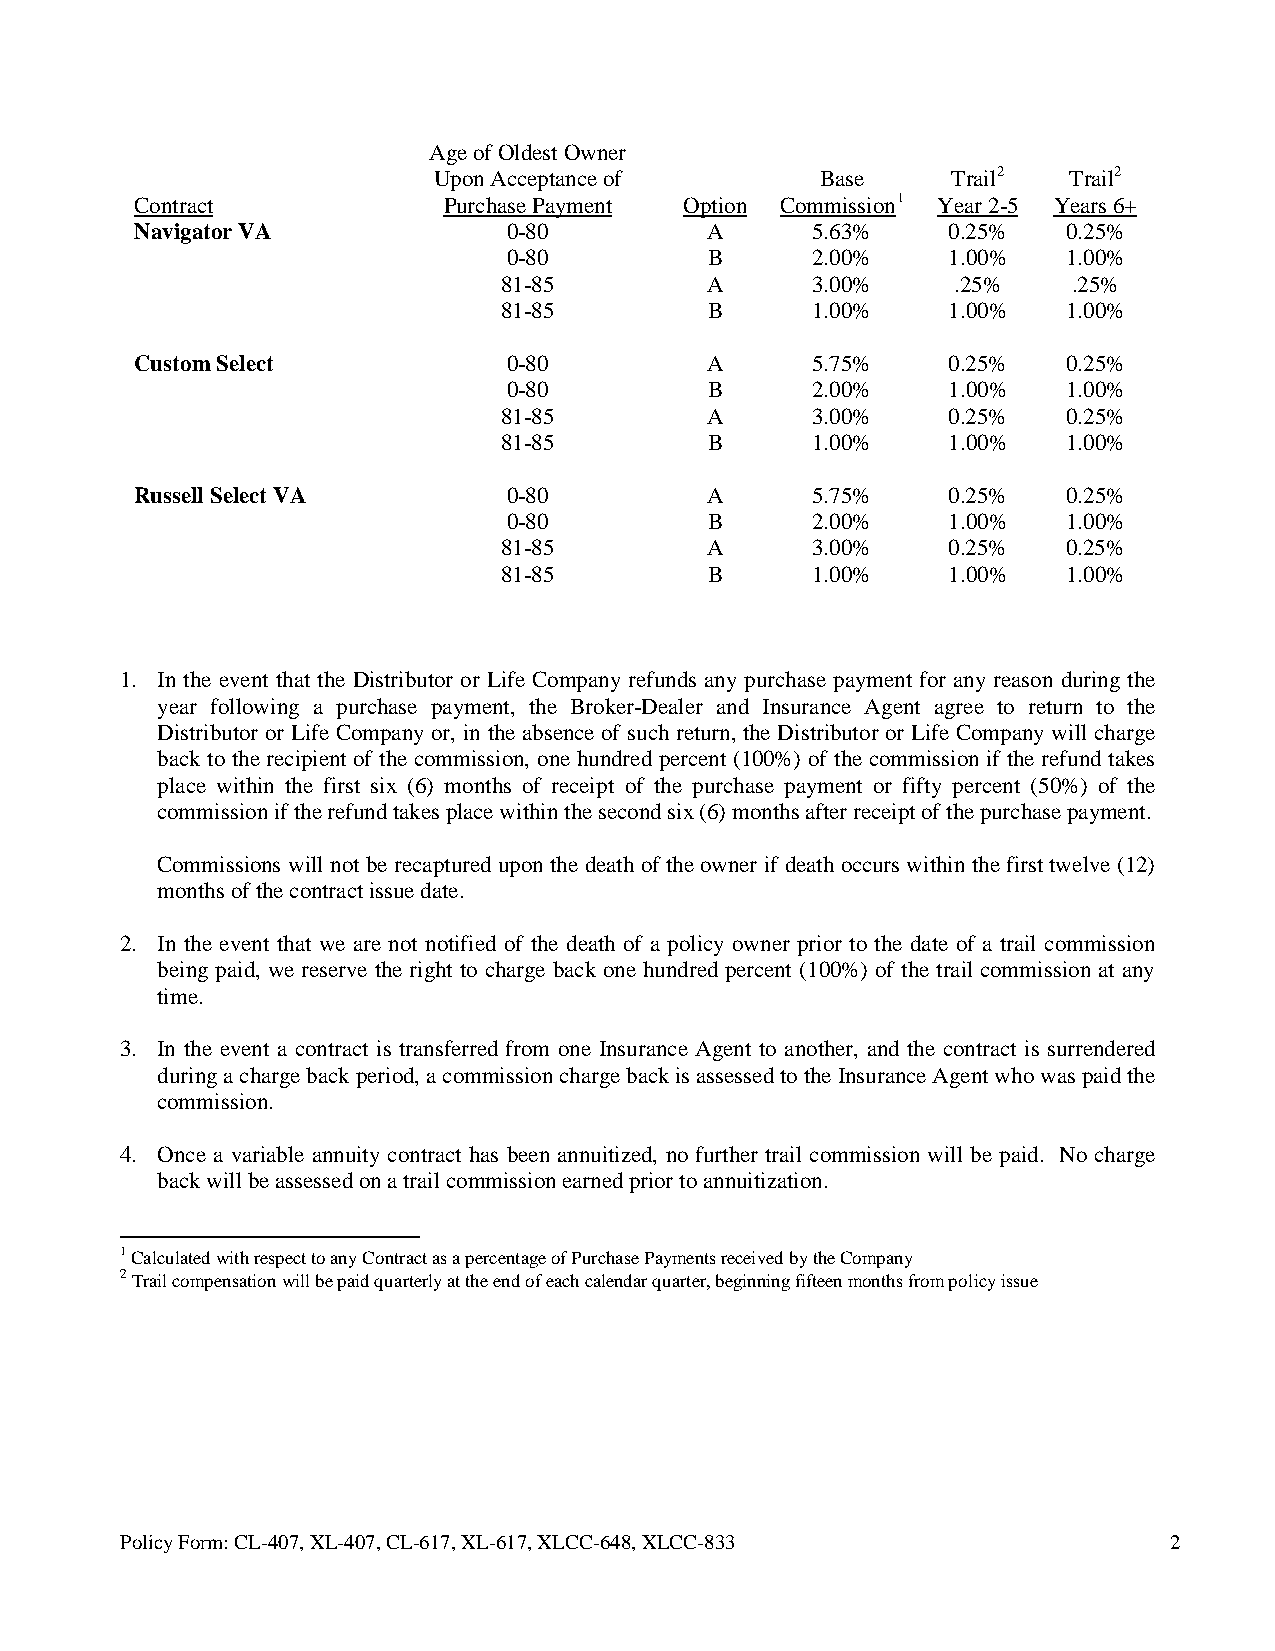
Age of Oldest Owner
 Upon Acceptance of       Base     Trail2  Trail2
 Contract            Purchase Payment Option Commission1 Year 2-5 Years 6+
 Navigator VA             0-80         A      5.63%    0.25%   0.25%
 0-80         B      2.00%    1.00%   1.00%
 81-85         A      3.00%    .25%    .25%
 81-85         B      1.00%    1.00%   1.00%
 Custom Select            0-80         A      5.75%    0.25%   0.25%
 0-80         B      2.00%    1.00%   1.00%
 81-85         A      3.00%    0.25%   0.25%
 81-85         B      1.00%    1.00%   1.00%
 Russell Select VA        0-80         A      5.75%    0.25%   0.25%
 0-80         B      2.00%    1.00%   1.00%
 81-85         A      3.00%    0.25%   0.25%
 81-85         B      1.00%    1.00%   1.00%
 1. In the event that the Distributor or Life Company refunds any purchase payment for any reason during the
 year following a purchase payment, the Broker-Dealer and Insurance Agent agree to return to the
 Distributor or Life Company or, in the absence of such return, the Distributor or Life Company will charge
 back to the recipient of the commission, one hundred percent (100%) of the commission if the refund takes
 place within the first six (6) months of receipt of the purchase payment or fifty percent (50%) of the
 commission if the refund takes place within the second six (6) months after receipt of the purchase payment.
 Commissions will not be recaptured upon the death of the owner if death occurs within the first twelve (12)
 months of the contract issue date.
 2. In the event that we are not notified of the death of a policy owner prior to the date of a trail commission
 being paid, we reserve the right to charge back one hundred percent (100%) of the trail commission at any
 time.
 3. In the event a contract is transferred from one Insurance Agent to another, and the contract is surrendered
 during a charge back period, a commission charge back is assessed to the Insurance Agent who was paid the
 commission.
 4. Once a variable annuity contract has been annuitized, no further trail commission will be paid. No charge
 back will be assessed on a trail commission earned prior to annuitization.
 1 Calculated with respect to any Contract as a percentage of Purchase Payments received by the Company
 2 Trail compensation will be paid quarterly at the end of each calendar quarter, beginning fifteen months from policy issue
 Policy Form: CL-407, XL-407, CL-617, XL-617, XLCC-648, XLCC-833      2